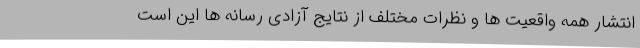
انتشار همه واقعیت ها و نظرات مختلف از نتایج آزادی رسانه ها این است